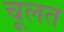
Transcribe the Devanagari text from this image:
चूलत